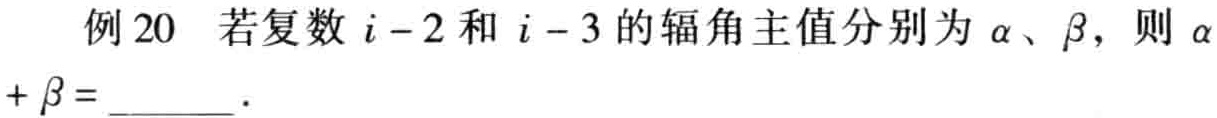
例20 若复数\(i - 2\)和\(i - 3\)的辐角主值分别为\(\alpha\)、\(\beta\)，则\(\alpha + \beta =\)  ．